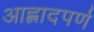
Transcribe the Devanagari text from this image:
आह्लादपर्ण